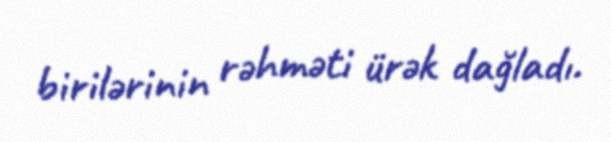
birilərinin rəhməti ürək dağladı.